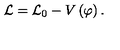
\mathcal { L = L } _ { 0 } - V \left( \varphi \right) .